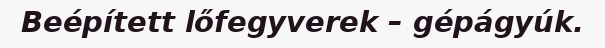
Beépített lőfegyverek – gépágyúk.